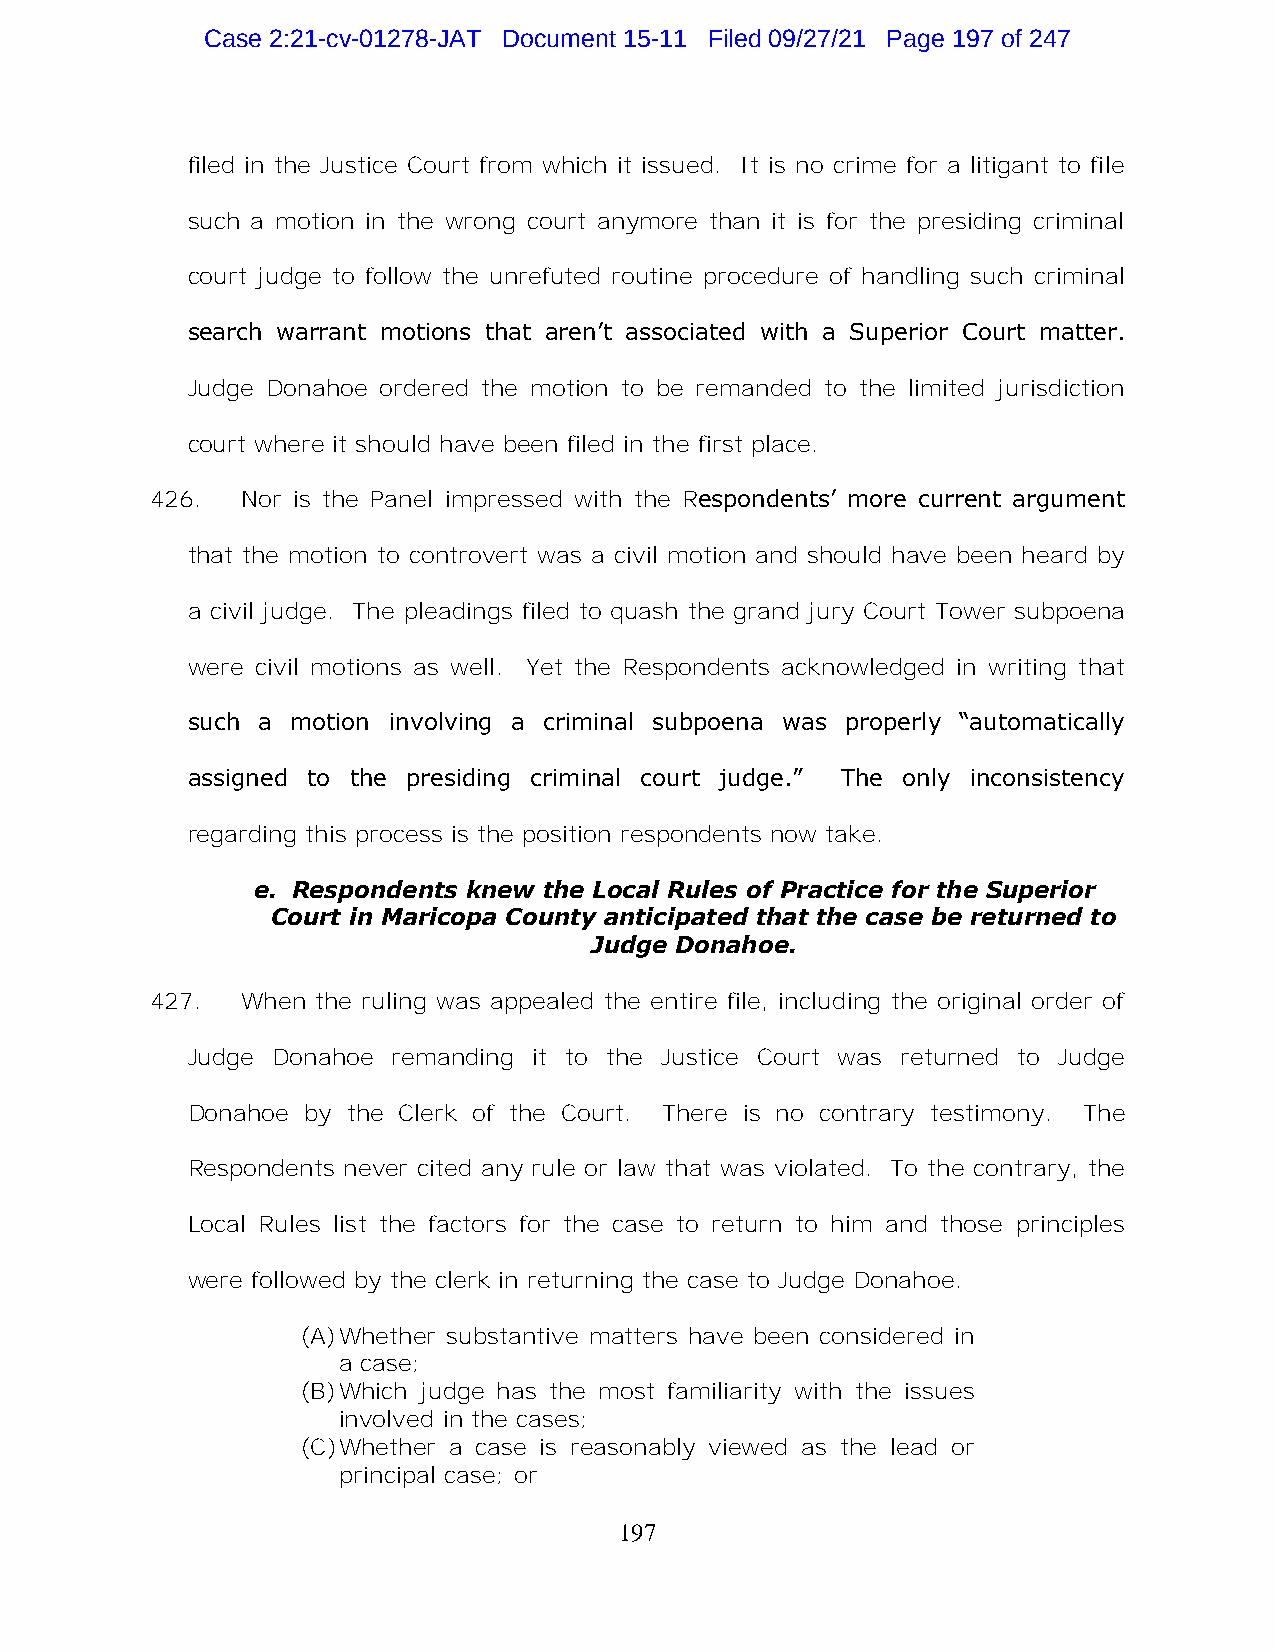
Case 2:21-cv-01278-JAT Document 15-11 Filed 09/27/21 Page 197 of 247
 filed in the Justice Court from which it issued. It is no crime for a litigant to file
 such a motion in the wrong court anymore than it is for the presiding criminal
 court judge to follow the unrefuted routine procedure of handling such criminal
 search warrant motions that aren’t associated with a Superior Court matter.
 Judge Donahoe ordered the motion to be remanded to the limited jurisdiction
 court where it should have been filed in the first place.
 426.  Nor is the Panel impressed with the Respondents’ more current argument
 that the motion to controvert was a civil motion and should have been heard by
 a civil judge. The pleadings filed to quash the grand jury Court Tower subpoena
 were civil motions as well. Yet the Respondents acknowledged in writing that
 such a motion involving a criminal subpoena was properly “automatically
 assigned to the presiding criminal court judge.” The only inconsistency
 regarding this process is the position respondents now take.
 e. Respondents knew the Local Rules of Practice for the Superior
 Court in Maricopa County anticipated that the case be returned to
 Judge Donahoe.
 427.  When the ruling was appealed the entire file, including the original order of
 Judge Donahoe remanding it to the Justice Court was returned to Judge
 Donahoe by the Clerk of the Court. There is no contrary testimony. The
 Respondents never cited any rule or law that was violated. To the contrary, the
 Local Rules list the factors for the case to return to him and those principles
 were followed by the clerk in returning the case to Judge Donahoe.
 (A) Whether substantive matters have been considered in
 a case;
 (B) Which judge has the most familiarity with the issues
 involved in the cases;
 (C) Whether a case is reasonably viewed as the lead or
 principal case; or
 197